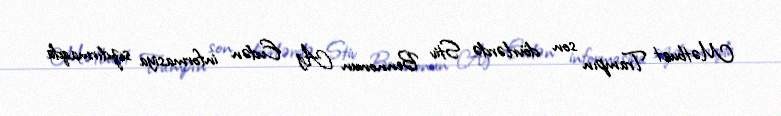
Mətbuat Trampın son dövrlərdə Stiv Bennonun Ağ Evdən informasiya sızdırmaqda